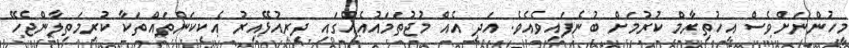
މީހުންނަށްވެސް އިހުތިރާމް ކުރުމަށް ބުނެފައިވެއެވެ. އަދި އެއް މުޖުތަމައުއެއްގައި ދިރިއުޅޭއިރު އެކިކަންތައްތަކާ ކުރިމަތިލާންޖެހޭ